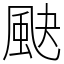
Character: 䫼